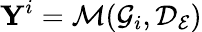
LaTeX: \mathbf{Y}^{i}=\mathcal{M}(\mathcal{G}_{i},\mathcal{D}_{\mathcal{E}})